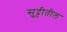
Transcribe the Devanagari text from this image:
सुट्टीतील